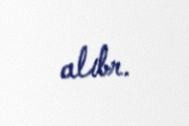
alıbr.